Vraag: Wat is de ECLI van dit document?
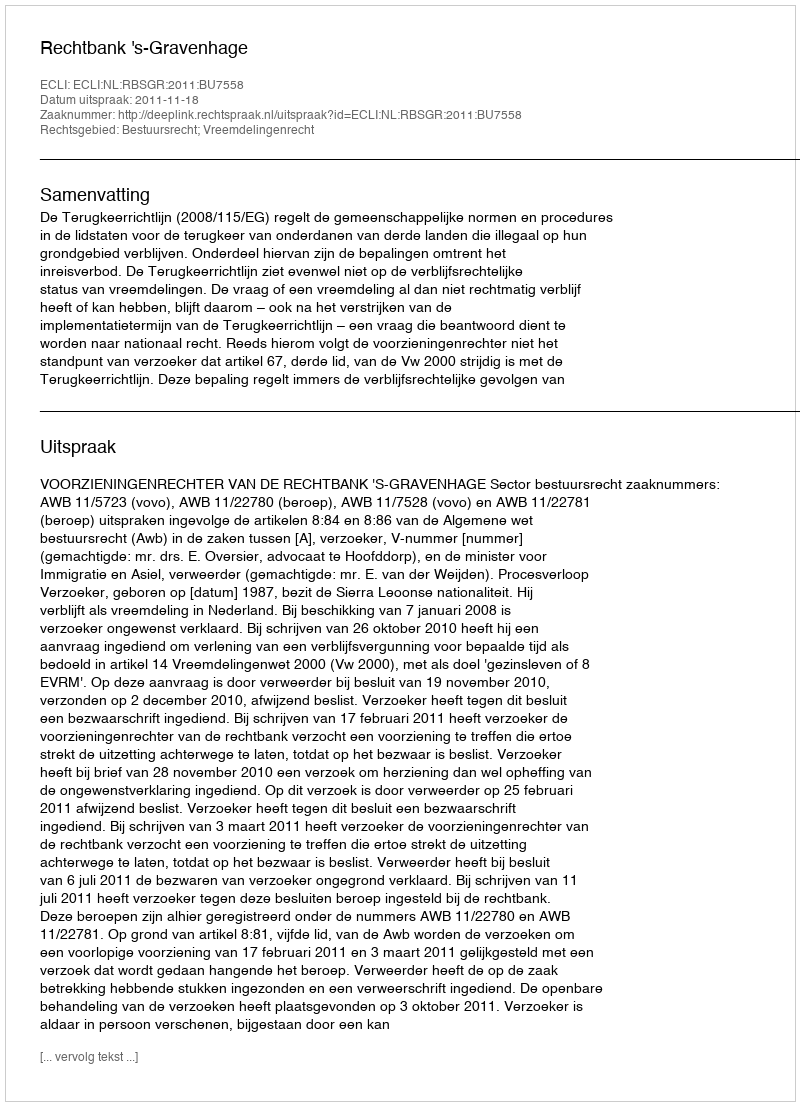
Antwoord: ECLI:NL:RBSGR:2011:BU7558